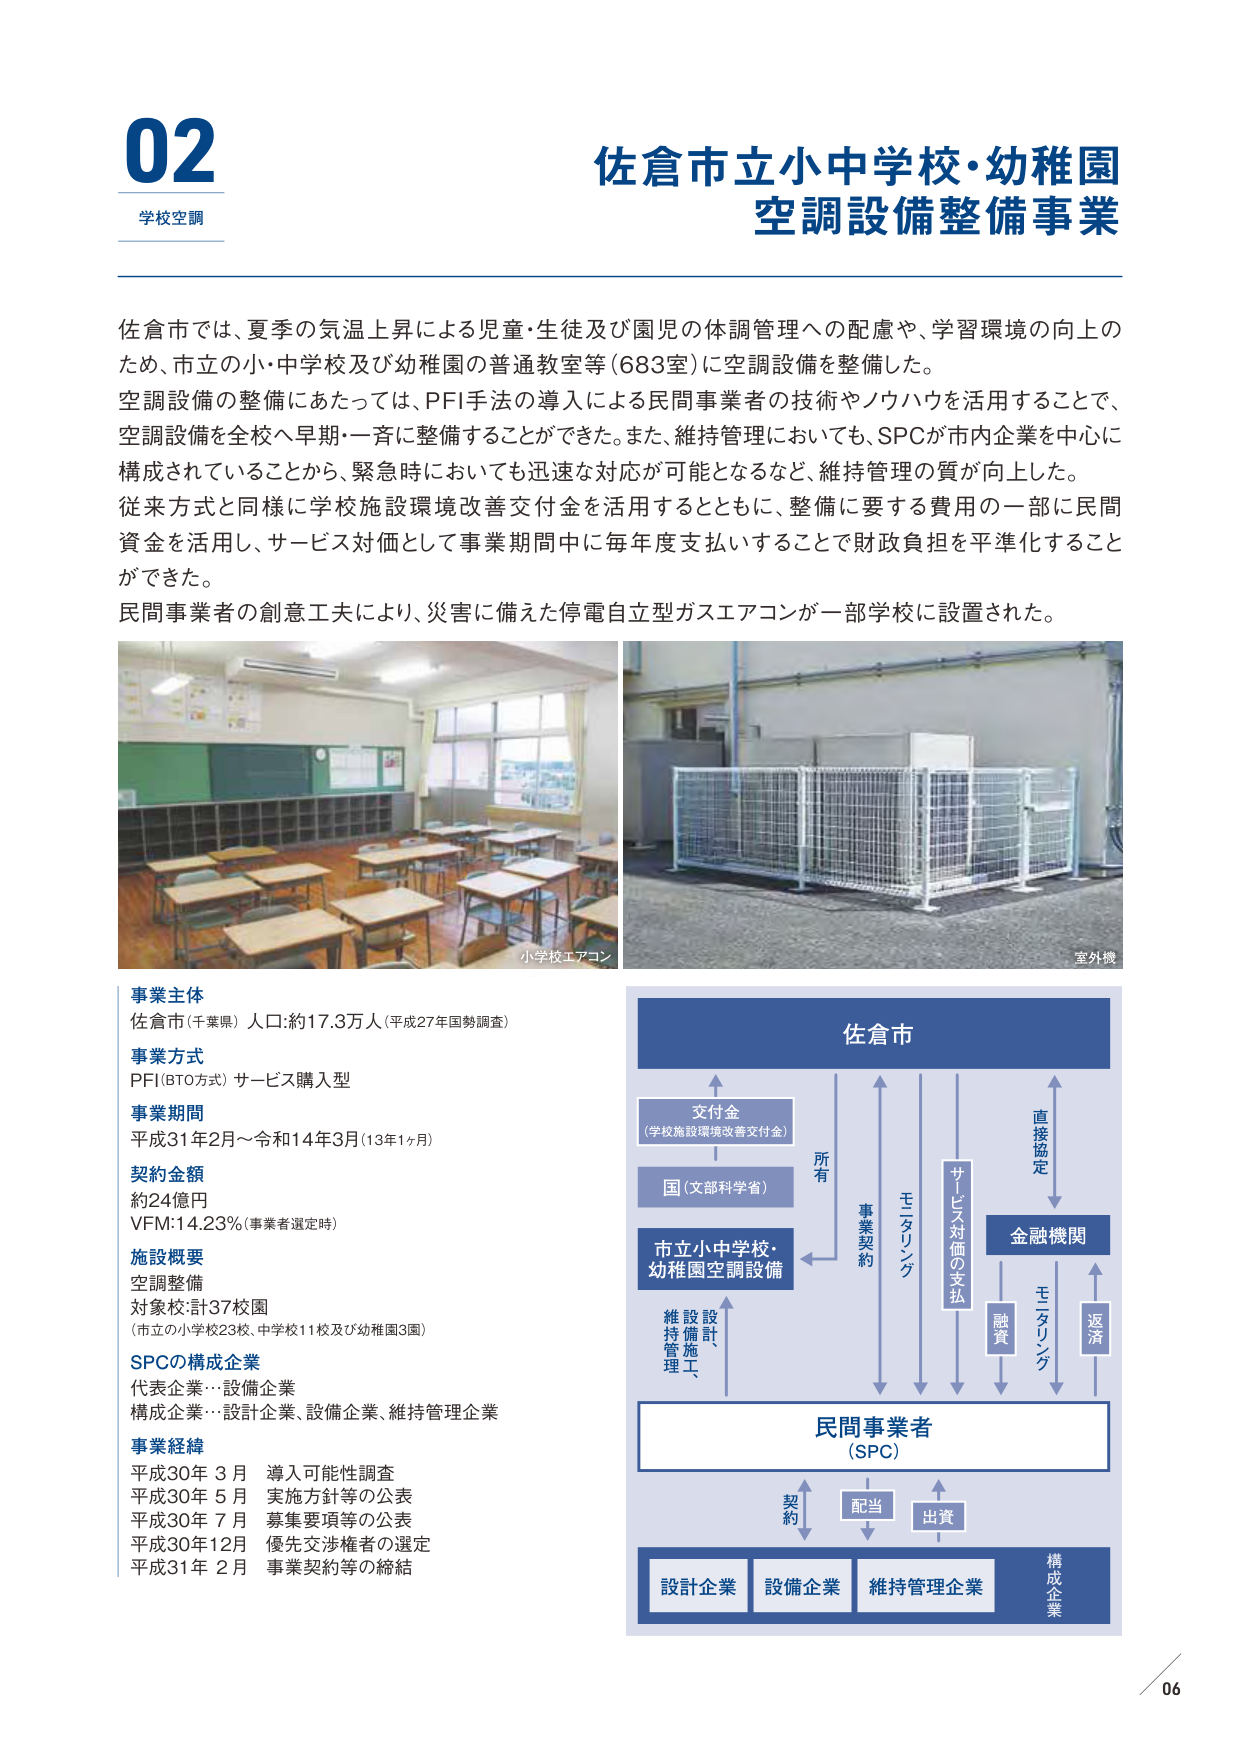
02
学校空調

佐倉市立小中学校・幼稚園
空調設備整備事業

佐倉市では、夏季の気温上昇による児童・生徒及び園児の体調管理への配慮や、学習環境の向上のため、市立の小・中学校及び幼稚園の普通教室等（683室）に空調設備を整備した。
空調設備の整備にあたっては、PFI手法の導入による民間事業者の技術やノウハウを活用することで、空調設備を全校へ早期・一斉に整備することができた。また、維持管理においても、SPCが市内企業を中心に構成されていることから、緊急時においても迅速な対応が可能となるなど、維持管理の質が向上した。
従来方式と同様に学校施設環境改善交付金を活用するとともに、整備に要する費用の一部に民間資金を活用し、サービス対価として事業期間中に毎年度支払いすることで財政負担を平準化することができた。
民間事業者の創意工夫により、災害に備えた停電自立型ガスエアコンが一部学校に設置された。

小学校エアコン
室外機

事業主体
佐倉市（千葉県） 人口：約17.3万人（平成27年国勢調査）

事業方式
PFI（BTO方式）サービス購入型

事業期間
平成31年2月～令和14年3月（13年1ヶ月）

契約金額
約24億円
VFM：1.23％（事業者選定時）

施設概要
空調整備
対象校：計37校園
（市立の小学校23校、中学校11校及び幼稚園3園）

SPCの構成企業
代表企業…設備企業
構成企業…設計企業、設備企業、維持管理企業

事業経緯
平成30年 3月 導入可能性調査
平成30年 5月 実施方針等の公表
平成30年 7月 募集要項等の公表
平成30年12月 優先交渉権者の選定
平成31年 2月 事業契約等の締結

佐倉市
交付金
（学校施設環境改善交付金）
国（文部科学省）
市立小中学校・
幼稚園空調設備
維持管理
設備設計、
施工、
所有
事業契約
モニタリング
サービス対価の支払
金融機関
直接協定
融資
モニタリング
返済
民間事業者
（SPC）
契約
配当
出資
設計企業
設備企業
維持管理企業
構成企業

06